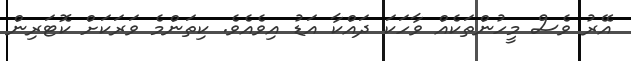
އޭރު ވެސް މީހުންތަކެއް ވާހަކަ ދައްކާ އަޑު އިވެއެވެ. ކިތަންމެ ވަރަކަށް ކޮޓަރިން